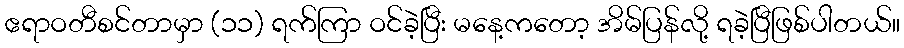
ဧရာဝတီစင်တာမှာ (၁၁) ရက်ကြာ ဝင်ခဲ့ပြီး မနေ့ကတော့ အိမ်ပြန်လို့ ရခဲ့ပြီဖြစ်ပါတယ်။